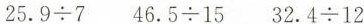
$$2 5 . 9 \div 7$$ $$4 6 . 5 \div 1 5 3 2 . 4 \div 1 2$$